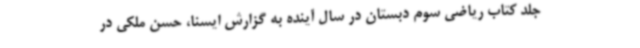
جلد کتاب ریاضی سوم دبستان در سال آینده به گزارش ایسنا، حسن ملکی در